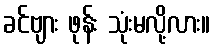
ခင်ဗျား ဖုန်း သုံးမလို့လား။